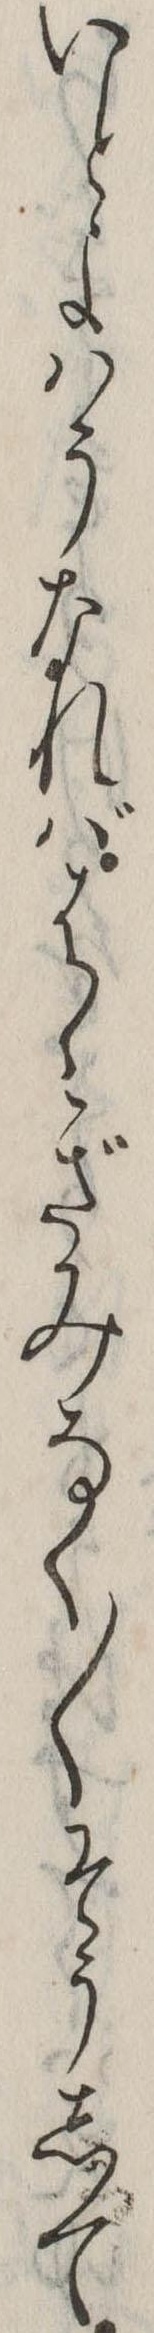
いとよはうなればはゝぎみなく〱そうして